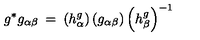
g ^ { * } g _ { \alpha \beta } \: = \: \left( h _ { \alpha } ^ { g } \right) \left( g _ { \alpha \beta } \right) \left( h _ { \beta } ^ { g } \right) ^ { - 1 }